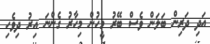
އަދި ދަރިން ބަލަން ވެސް ބޭރު މީހުން މިހާރު ގެންނަ އިރު ދިވެހި